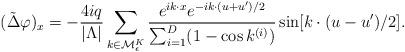
LaTeX: \begin{align*}(\tilde{\Delta}\varphi)_x=-\frac{4i q}{|\Lambda|}\sum_{k\in\mathcal{M}_\epsilon^K}\frac{e^{ik\cdot x}e^{-ik\cdot(u+u')/2}}{\sum_{i=1}^D(1-\cos k^{(i)})}\sin[k\cdot(u-u')/2].\end{align*}